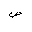
Letter: _sad